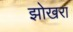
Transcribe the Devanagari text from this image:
झोखरा